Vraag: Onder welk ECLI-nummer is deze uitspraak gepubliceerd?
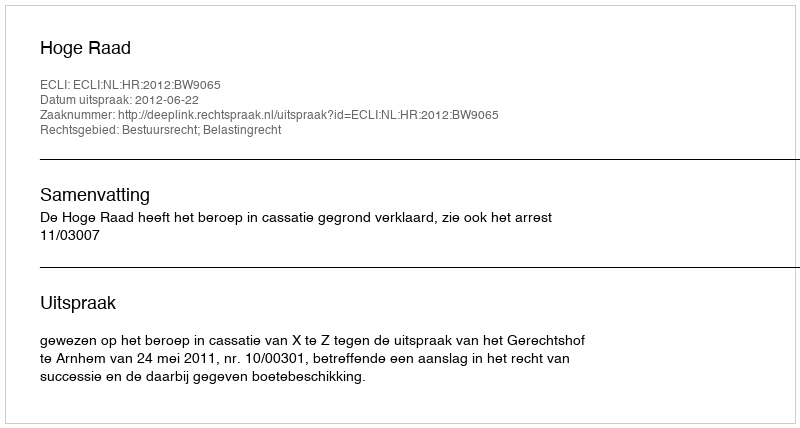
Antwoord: ECLI:NL:HR:2012:BW9065